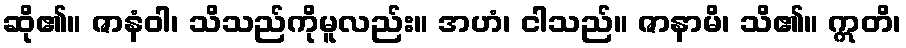
ဆို၏။ ဇာနံဝါ၊ သိသည်ကိုမူလည်း။ အဟံ၊ ငါသည်။ ဇာနာမိ၊ သိ၏။ ဣတိ၊